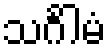
သင်္ဂါမံ